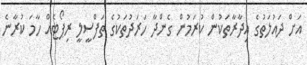
އަށް ދައުލަތުގެ އިދާރާތަކުން ކުރަމުން ގެންދާ ހަރަދުތަކުގެ ތަފްސީލީ ރިޕޯޓެއް ހާމަ ކުރާނެ